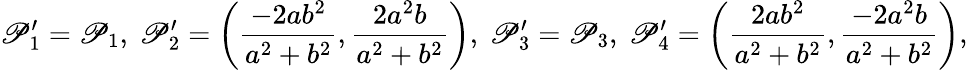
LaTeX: \mathscr{P}_{1}^{\prime}=\mathscr{P}_{1},\mathrm{{~}}\mathscr{P}_{2}^{\prime}=\left(\frac{{-2ab^{2}}}{{a^{2}+b^{2}}},\frac{{2a^{2}b}}{{a^{2}+b^{2}}}\right),\mathrm{{~}}\mathscr{P}_{3}^{\prime}=\mathscr{P}_{3},\mathrm{{~}}\mathscr{P}_{4}^{\prime}=\left(\frac{{2ab^{2}}}{{a^{2}+b^{2}}},\frac{{-2a^{2}b}}{{a^{2}+b^{2}}}\right),